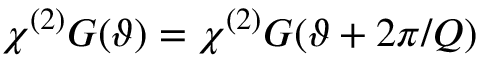
\chi ^ { ( 2 ) } G ( \vartheta ) = \chi ^ { ( 2 ) } G ( \vartheta + 2 \pi / Q )